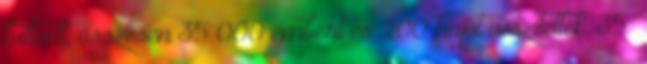
fulladt, összesen 35 000 embert és 200 hajót veszítettek. 35